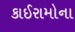
કાઈરામોના